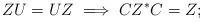
LaTeX: \begin{align*}ZU=UZ \implies CZ^\ast C=Z;\end{align*}